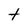
Character: t